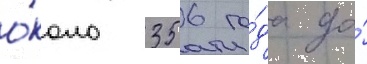
о́коло 356 го́да до́